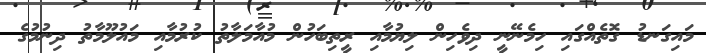
މައިގަނޑު ގޮތެއްގައި ހިމެނޭނީ ދިވެހިން ލިޔުމާއި ރީތިބަހުން މުއާމަލާތު ކުރުމާއި މައުލޫމާތު ދިނުމުގެ